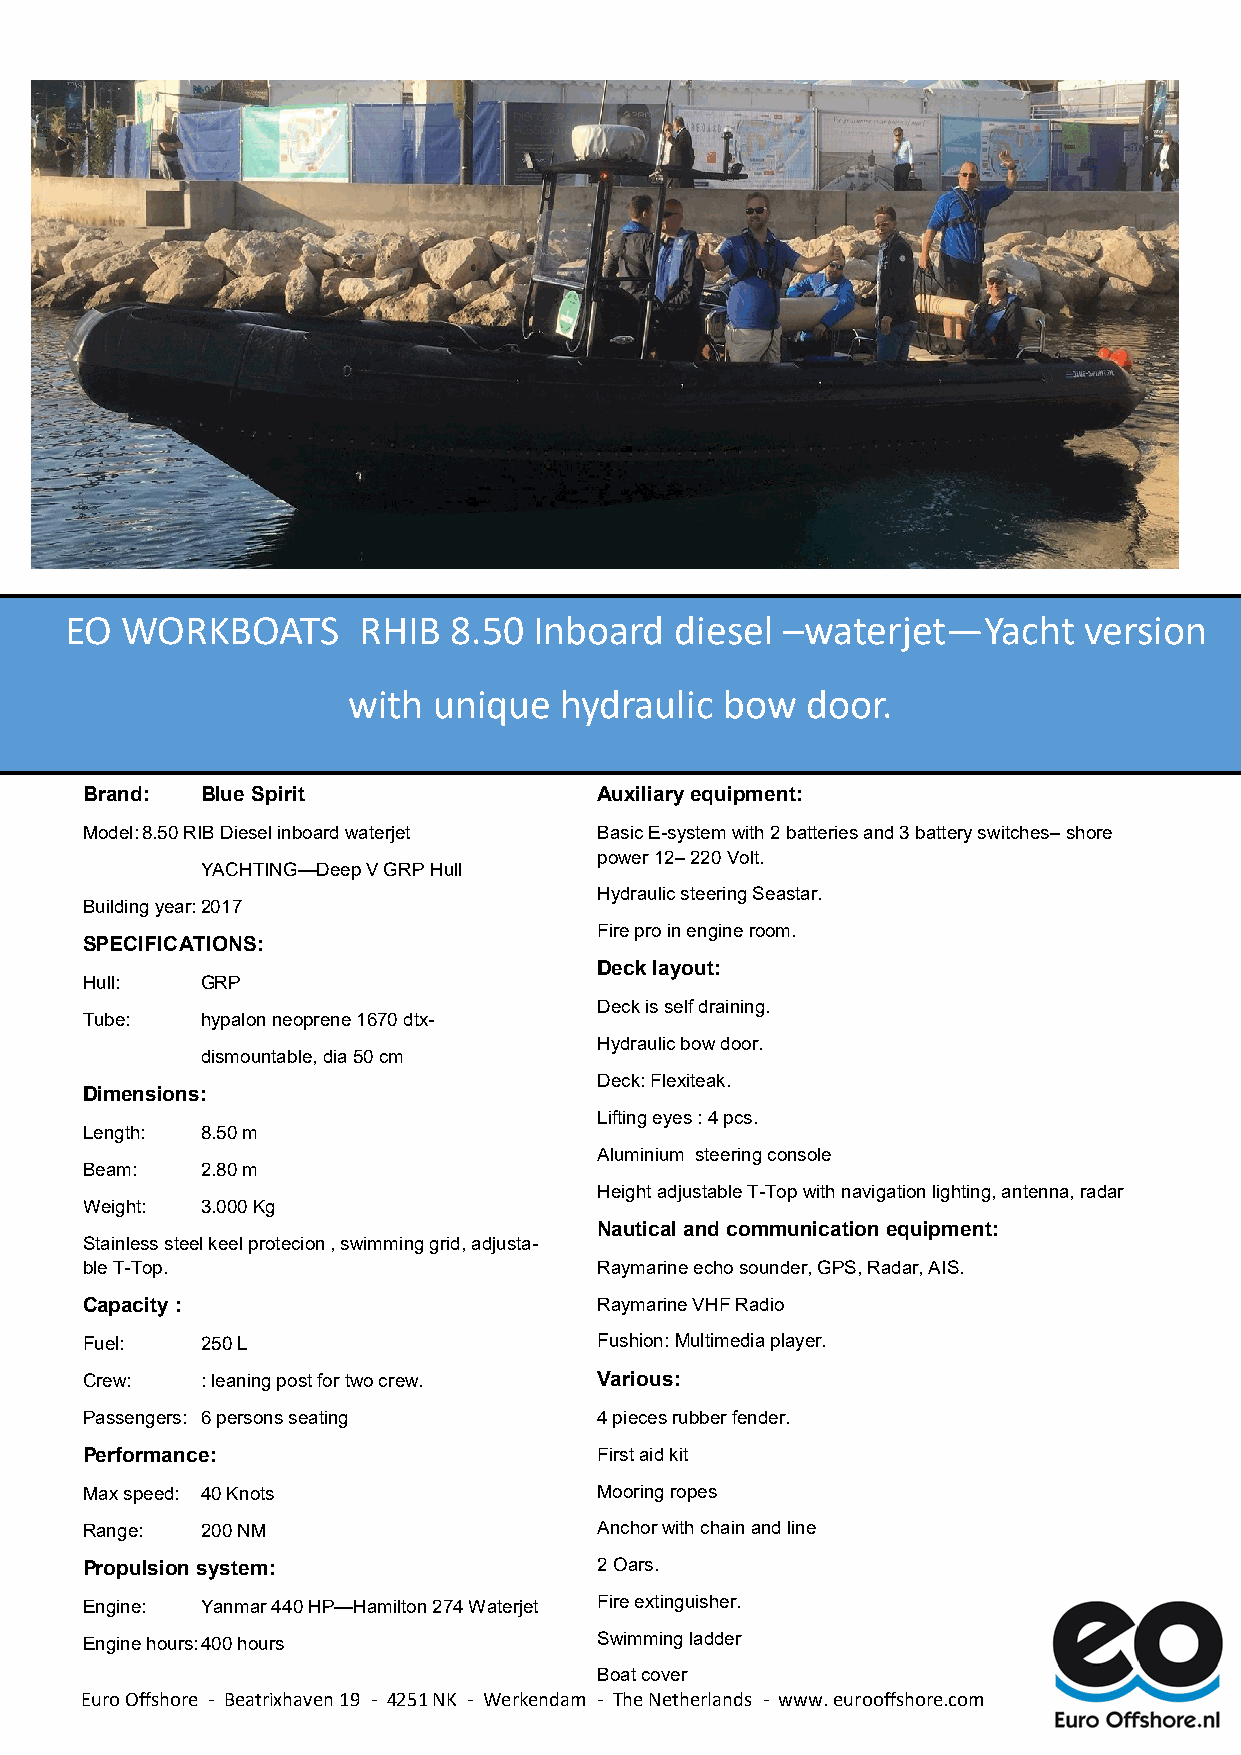
EO
 Trad-
 EO  WORKBOATS       RHIB  8.50 Inboard   diesel –waterjet—Yacht     version
 with  unique  hydraulic  bow  door.
 Brand:  Blue Spirit                Auxiliary equipment:
 Model: 8.50 RIB Diesel inboard waterjet Basic E-system with 2 batteries and 3 battery switches– shore
 power 12– 220 Volt.
 YACHTING—Deep V GRP Hull
 Hydraulic steering Seastar.
 Building year: 2017
 Fire pro in engine room.
 SPECIFICATIONS:
 Deck layout:
 Hull:   GRP
 Deck is self draining.
 Tube:   hypalon neoprene 1670 dtx-
 Hydraulic bow door.
 dismountable, dia 50 cm
 Deck: Flexiteak.
 Dimensions:
 Lifting eyes : 4 pcs.
 Length: 8.50 m
 Aluminium steering console
 Beam:   2.80 m
 Height adjustable T-Top with navigation lighting, antenna, radar
 Weight: 3.000 Kg
 Nautical and communication equipment:
 Stainless steel keel protecion , swimming grid, adjusta-
 ble T-Top.                         Raymarine echo sounder, GPS, Radar, AIS.
 Capacity :                         Raymarine VHF Radio
 Fuel:   250 L                      Fushion: Multimedia player.
 Crew:   : leaning post for two crew. Various:
 Passengers: 6 persons seating      4 pieces rubber fender.
 Performance:                       First aid kit
 Max speed: 40 Knots                Mooring ropes
 Range:  200 NM                     Anchor with chain and line
 Propulsion system:                 2 Oars.
 Engine: Yanmar 440 HP—Hamilton 274 Waterjet Fire extinguisher.
 Engine hours: 400 hours            Swimming ladder
 Boat cover
 Euro Offshore - Beatrixhaven 19 - 4251 NK - Werkendam - The Netherlands - www. eurooffshore.com